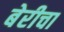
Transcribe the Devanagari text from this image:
बेरीचा